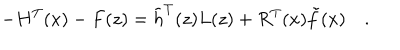
- H ^ { T } ( x ) - F ( z ) = \tilde { h } ^ { T } ( z ) L ( z ) + R ^ { T } ( x ) \tilde { f } ( x ) \quad .